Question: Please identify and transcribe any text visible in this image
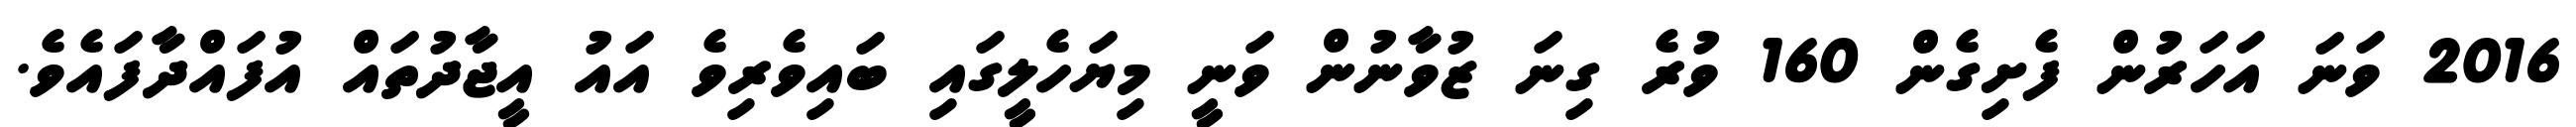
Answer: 2016 ވަނަ އަހަރުން ފެށިގެން 160 ވުރެ ގިނަ ޒުވާނުން ވަނީ މިޔަހެލީގައި ބައިވެރިވެ އައު އީޖާދުތައް އުފައްދާފައެވެ.